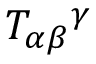
T _ { \alpha \beta } { } ^ { \gamma }